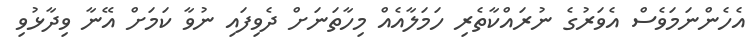
އެހެންނަމަވެސް އެވަރުގެ ނުރައްކާތެރި ހަމަލާއެއް މިހާތަނަށް ދެވިފައި ނުވާ ކަމަށް އޭނާ ވިދާޅުވި